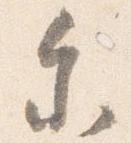
参